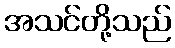
အသင်တို့သည်